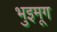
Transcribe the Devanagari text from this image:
भुइमूग